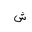
Letter: _shin